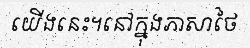
យើងនេះ។នៅក្នុងភាសាថៃ